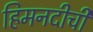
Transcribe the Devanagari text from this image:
हिमनदीची